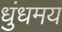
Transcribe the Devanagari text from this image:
धुंधमय